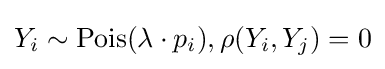
Y_{i}\sim \mathrm {Pois} (\lambda \cdot p_{i}),\rho (Y_{i},Y_{j})=0